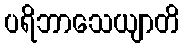
ပရိဘာသေယျာတိ